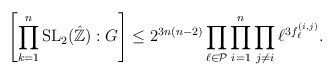
\begin{align*}\left[\prod_{k=1}^n \operatorname{SL}_2(\hat{\mathbb{Z}}) : G \right] \leq 2^{3n(n-2)} \prod_{\ell \in \mathcal{P}} \prod_{i=1}^n \prod_{j \neq i} \ell^{3 f_\ell^{(i,j)}}.\end{align*}